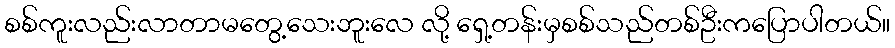
စစ်ကူးလည်းလာတာမတွေ့သေးဘူးလေ လို့ ရှေ့တန်းမှစစ်သည်တစ်ဦးကပြောပါတယ်။